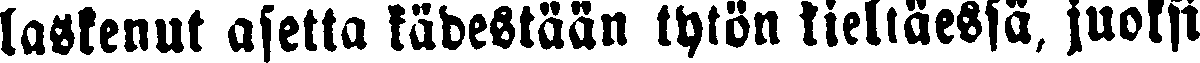
laskenut asetta kädestään tytön kieltäessä, juoksi